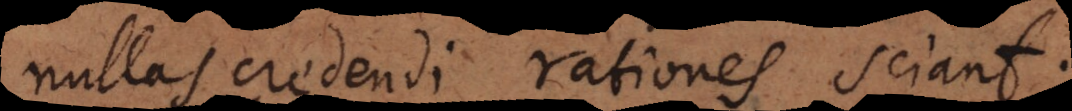
nullas credendi rationes sciant.